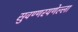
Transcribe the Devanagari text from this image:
सुवण्णरयणेल्ला